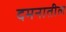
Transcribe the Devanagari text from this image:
दमनातील